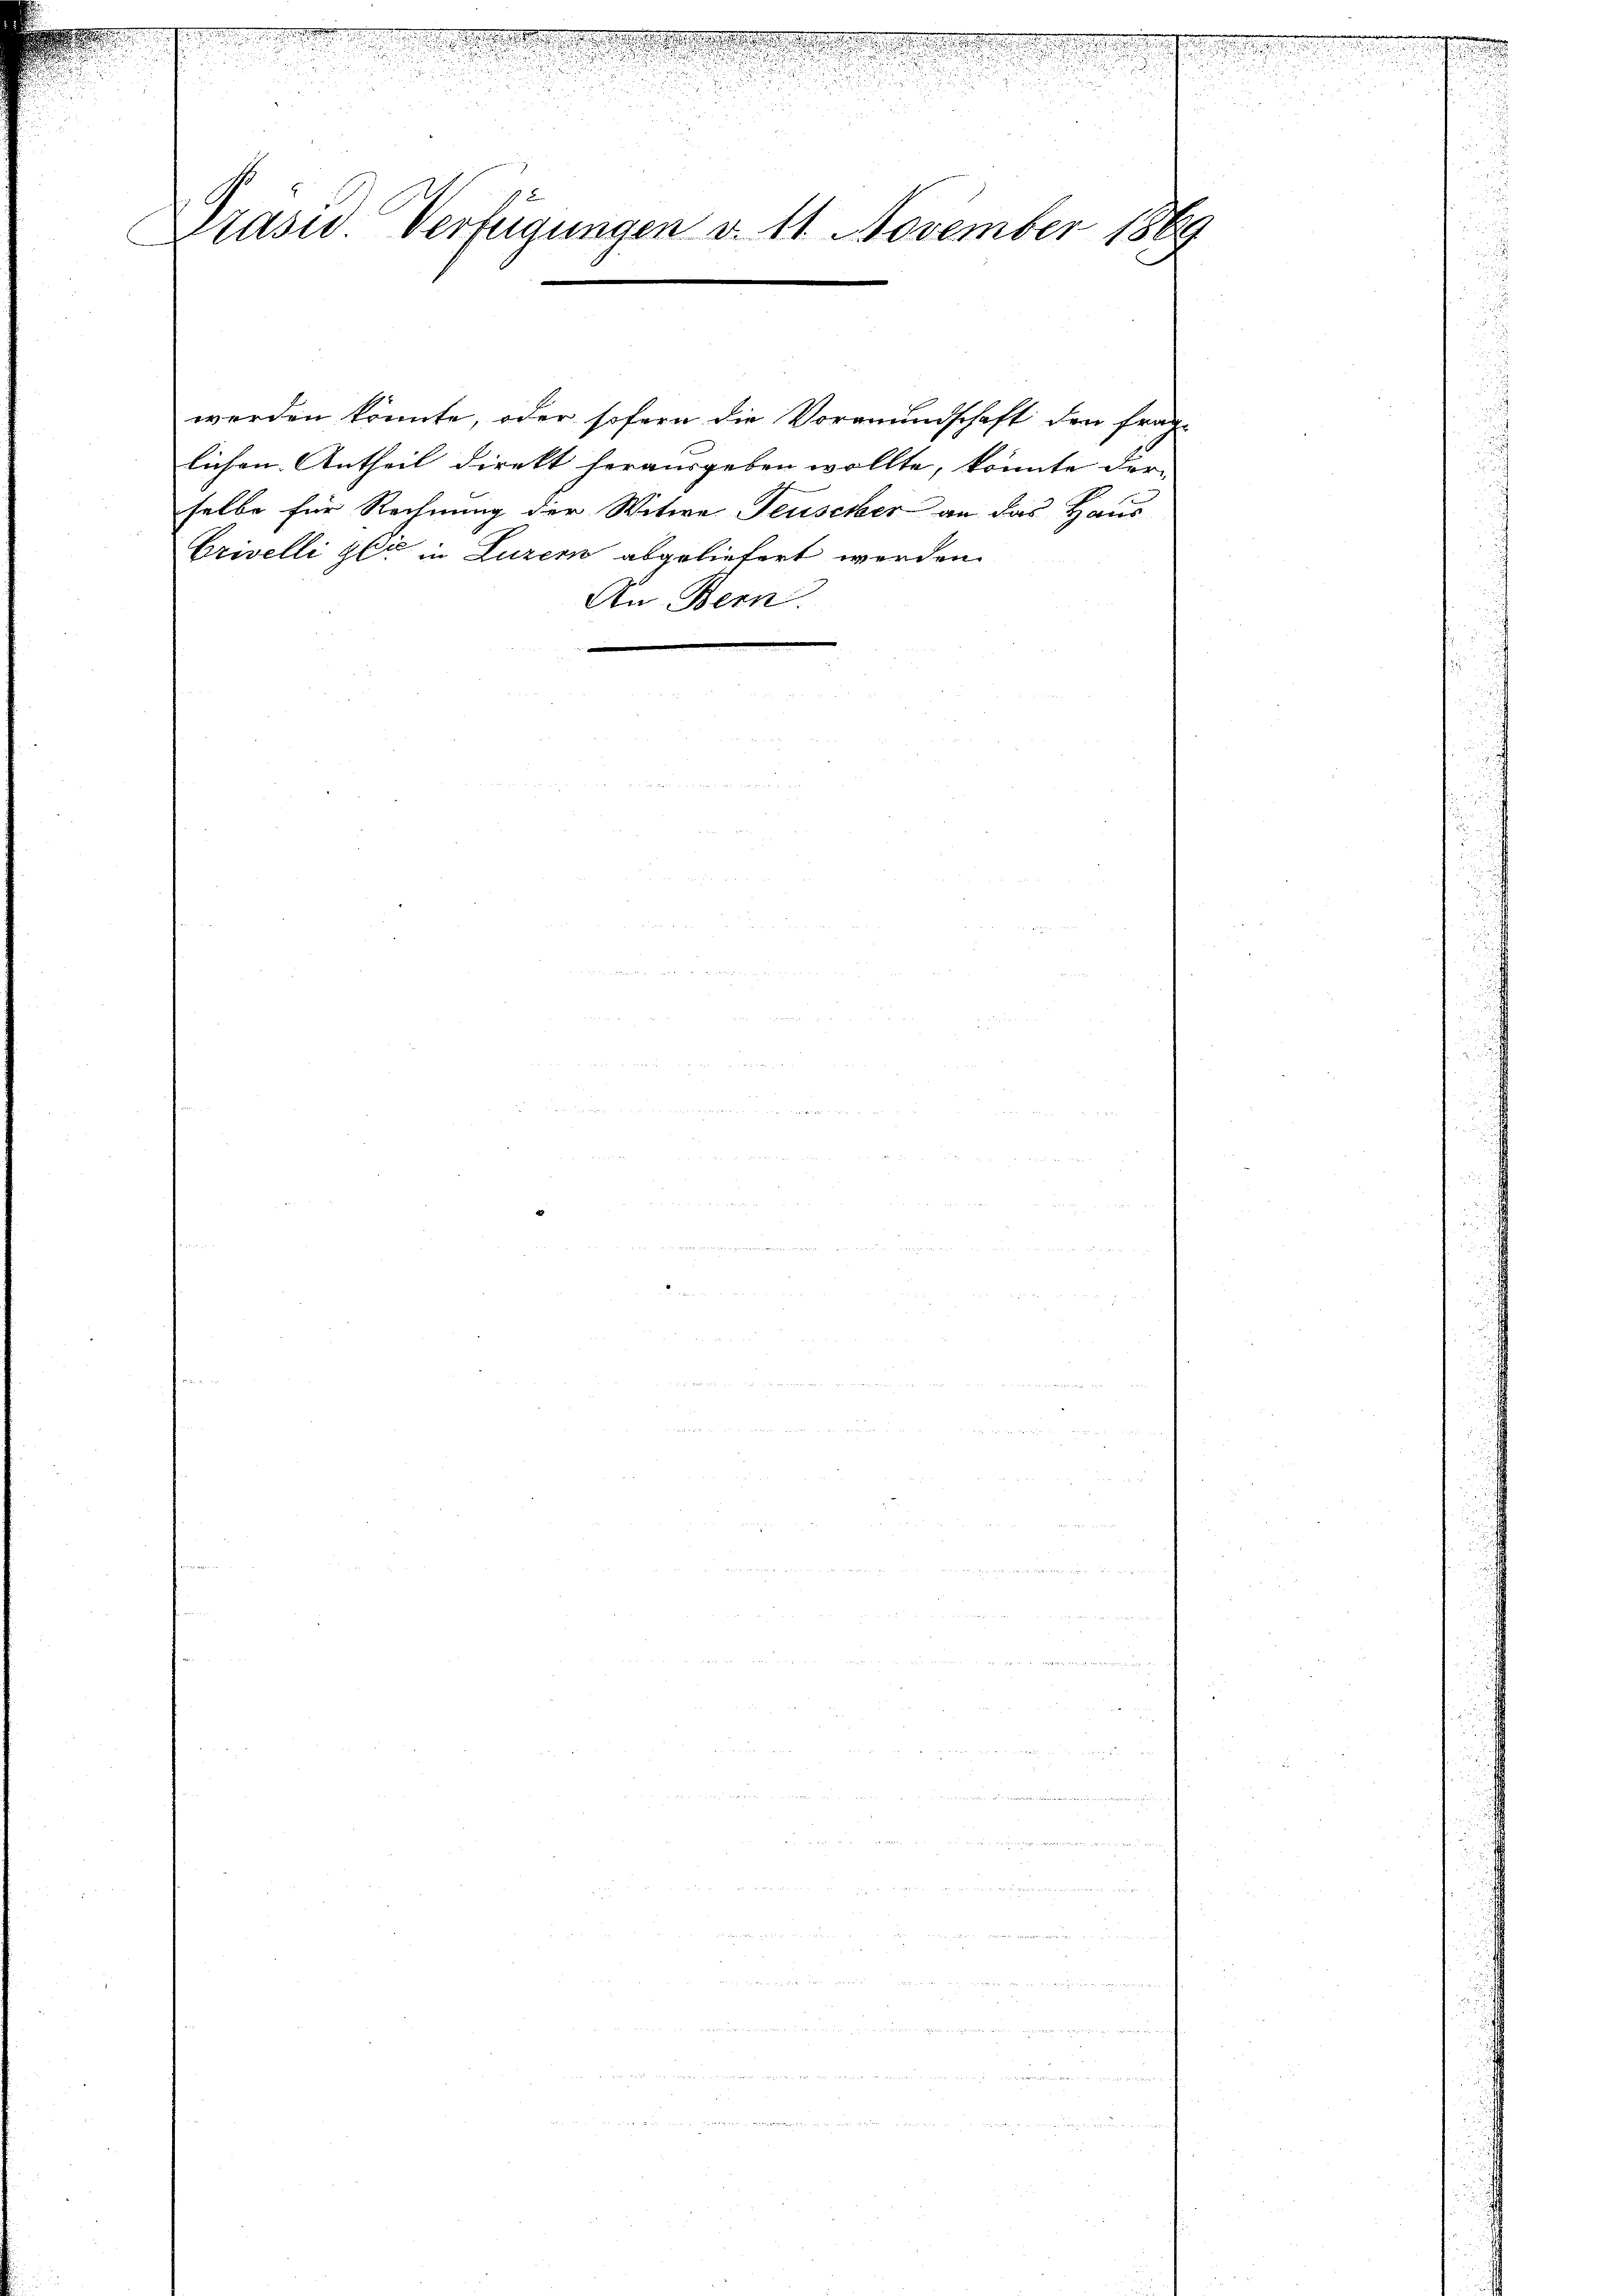
Prasis Verfügungen d. 11. November 1869

echten der Meine

lichen Antheil direkt herausgeben wollte, könnte der-
selbe für Rechnung der Witwe Teuseher an das Haus
Crivelli gli in Luzern abgeliefert werden.
An Bern.

werden könnte, oder sofern die Vormundschaft den frage

Scenen er
u